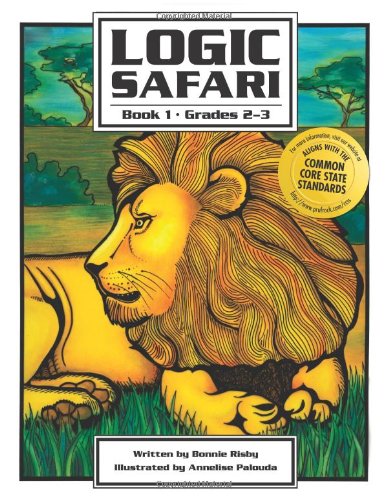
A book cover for Logic Safari Book 1; Bonnie Risby; Humor & Entertainment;